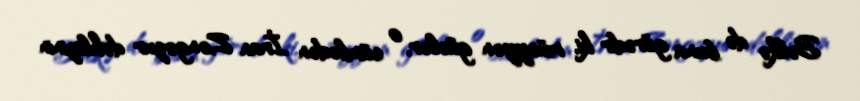
Bəlkə də buna görədir ki, müəyyən güclər, o cümlədən İran Zəngəzur dəhlizinin